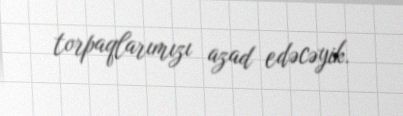
torpaqlarımızı azad edəcəyik.